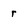
Character: r